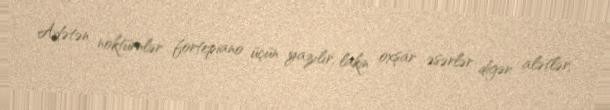
Adətən noktürnlər fortepiano üçün yazılır, lakin oxşar əsərlər digər alətlər,